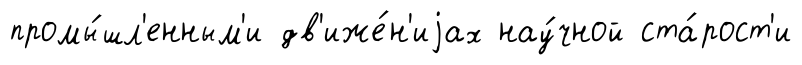
промы́шл'енным'и дв'иже́н'иjах нау́чной ста́рост'и